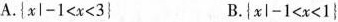
A.$${xl-1<x<3}$$ B.$${x|-1<x<1}$$